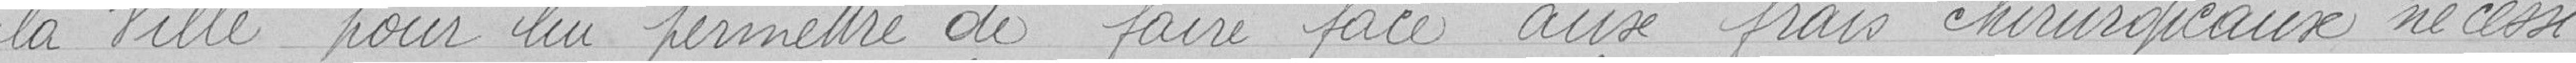
la Ville pour lui permettre de faire face aux frais chirurgicaux nécessi-